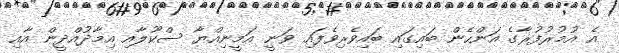
އެ އުމުރުފުރާގެ އަންހެން ބައިގައި ބައިވެރިވެފައި ވަނީ އަމީނިއްޔާ ސްކޫލާއި އިމާދުއްދީން އާއި